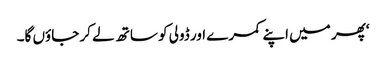
‘پھر میں اپنے کمرے اور ڈولی کو ساتھ لے کر جاؤں گا۔